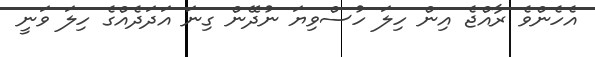
އެހެންވެ ރާއްޖެ އިން ހިލަ ހުސްވިޔަ ނުދޭން ގިނަ އަދަދެއްގެ ހިލަ ވަނީ